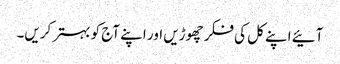
آئیے اپنے کل کی فکر چھوڑیں اور اپنے آج کو بہتر کریں۔